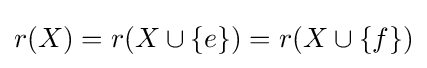
r(X)=r(X\cup \{e\})=r(X\cup \{f\})